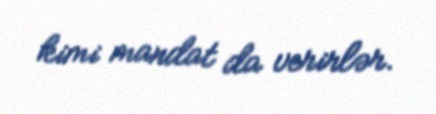
kimi mandat da verirlər.